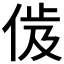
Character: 𬾜